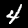
Label: 4